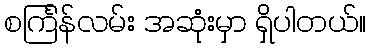
စင်္ကြန်လမ်း အဆုံးမှာ ရှိပါတယ်။